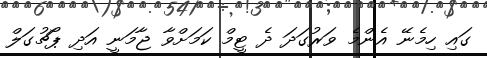
ގައި ހިމެނޭ އެންމެ ވަރުގަދަ ދެ ޓީމް ކަމަށްވާ ޖާމަނީ އަދި ޕޯޗުގަލް